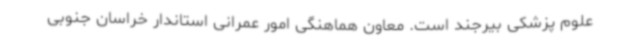
علوم پزشکی بیرجند است. معاون هماهنگی امور عمرانی استاندار خراسان جنوبی